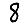
Digit: 8